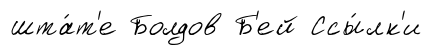
шта́т'е Болдов Б'ей Ссы́лк'и